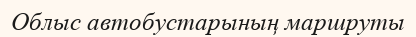
Облыс автобустарының маршруты